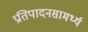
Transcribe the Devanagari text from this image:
प्रतिपादनसामर्थ्य